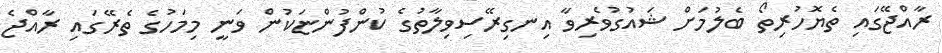
ރާއްޖޭގައި ތެޔޮހުރިތޯ ބެލުމަށް ޝައުގުވެރިވާ އިނގިރޭސިވިލާތުގެ ކުންފުންޏަކުން ވަނީ މިމަހުގެ ތެރޭގައި ރާއްޖެ